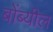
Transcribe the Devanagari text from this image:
बोंब्यील